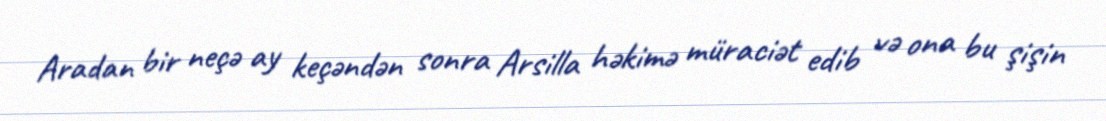
Aradan bir neçə ay keçəndən sonra Arsilla həkimə müraciət edib və ona bu şişin